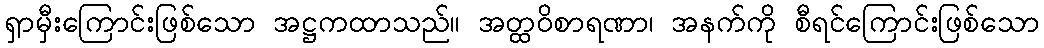
ရှာမှီးကြောင်းဖြစ်သော အဋ္ဌကထာသည်။ အတ္ထဝိစာရဏာ၊ အနက်ကို စီရင်ကြောင်းဖြစ်သော